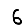
Digit: 6